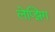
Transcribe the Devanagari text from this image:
लेप्झिग